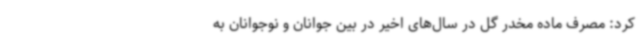
کرد: مصرف ماده مخدر گل در سال‌های اخیر در بین جوانان و نوجوانان به